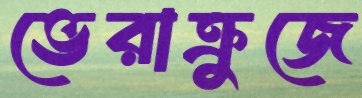
ভেরাক্রুজে